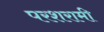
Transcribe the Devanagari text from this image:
परशरामी